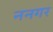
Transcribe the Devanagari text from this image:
ननगर